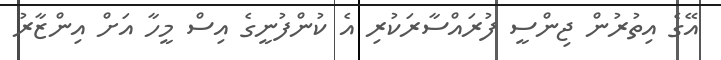
އޭގެ އިތުުރުން ޖިންސީ ފުރައްސާރަކުރި އެ ކުންފުނީގެ އިސް މީހާ އަށް އިންޒާރު